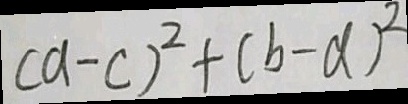
( a - c ) ^ { 2 } + ( b - d ) ^ { 2 }